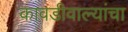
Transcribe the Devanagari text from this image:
कावडीवाल्यांचा